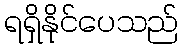
ရရှိနိုင်ပေသည်